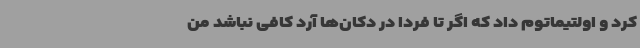
کرد و اولتیماتوم داد که اگر تا فردا در دکان‌ها آرد کافی نباشد من